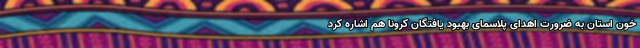
خون استان به ضرورت اهدای پلاسمای بهبود یافتگان کرونا هم اشاره کرد